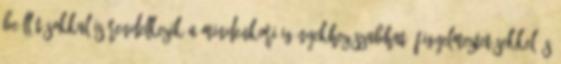
beállításokkal is rendelkezik a mindenkori igényekhez szabható figyelmeztetésekkel és